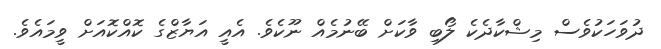
ދުވަހަކުވެސް މިޝްކާދެކެ ލޯބި ވާކަށް ބޭނުމެއް ނޫކެވެ. އެއީ އަޔާޒްގެ ކޮއްކޮއަށް ވީމައެވެ.